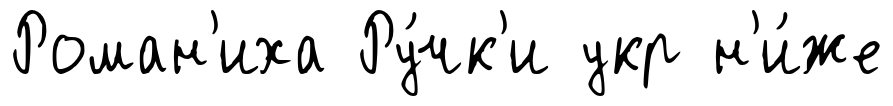
Роман'иха Ру́чк'и укр н'и́же